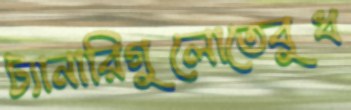
ট্যানারিগুলোতেবুধ